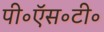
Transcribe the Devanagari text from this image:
पी॰ऍस॰टी॰